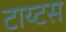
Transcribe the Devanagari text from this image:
टाय्टस